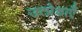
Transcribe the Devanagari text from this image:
उत्प्रेक्षाएँ